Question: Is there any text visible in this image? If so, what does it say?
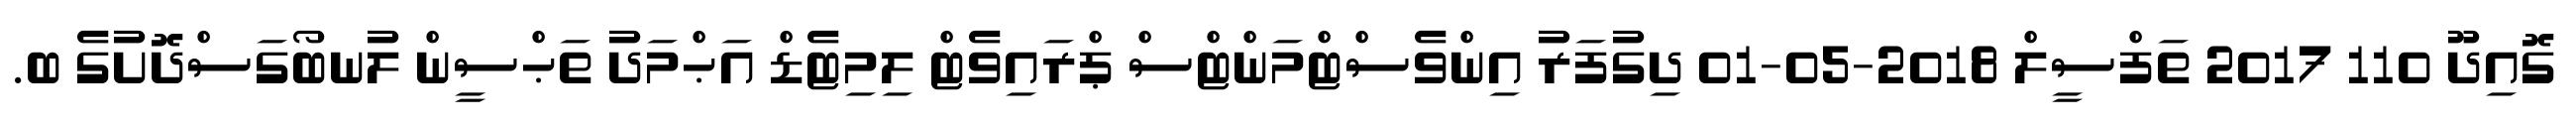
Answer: ގޮއިދޫ 110 2017 ތަފްސީލް 2018-05-01 ދިގުފަރު އިންވެސްޓްމަންޓްސް ޕްރައިވެޓް ލިމިޓެޑް އަޙްމަދު ތަޙްސީން ލުނބޯގަސްދޮށުގެ ބ.